Vital statistics of India. Vol. V, Reports of 1876 on armies & jails and on epidemic cholera
Year: 1876
Disease focus: Cholera
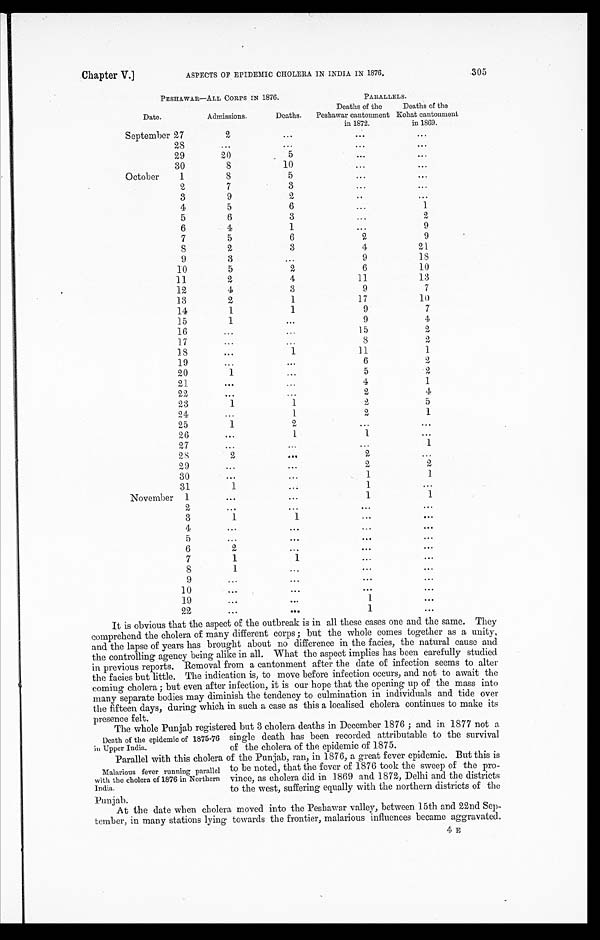
Chapter V.]
ASPECTS OF EPIDEMIC CHOLERA IN INDIA IN 1876.
305
PESHAWAR—ALL CORPS IN 1876.
PARALLELS.
Date.
Admissions.
Deaths.
Deaths of the
Peshawar cantonment
in 1872.
Deaths of the
Kohat cantonment
in 1869.
September 27
2
28
29
20
5
30
8
10
October
1
8
5
2
7
3
3
9
2
4
5
6
1
5
6
3
2
6
4
1
9
7
5
6
2
9
8
2
3
4
21
9
3
9
18
10
5
2
6
10
11
2
4
11
13
12
4
3
9
7
13
2
1
17
10
14
1
1
9
7
15
1
9
4
16
15
2
17
8
2
18
1
11
1
19
6
2
20
1
5
2
21
4
1
22
2
4
23
1
1
2
5
24
1
2
1
25
1
2
26
1
1
27
1
28
2
2
29
2
2
30
1
1
31
1
1
November 1
1
1
2
3
1
1
4
5
6
2
7
1
1
8
1
9
10
19
1
2 2
1
It is obvious that the aspect of the outbreak is in all these cases one and the same. They
comprehend the cholera of many different corps; but the whole comes together as a unity,
and the lapse of years has brought about no difference in the facies, the natural cause and
the controlling agency being alike in all. What the aspect implies has been carefully studied
in previous reports. Removal from a cantonment after the date of infection seems to alter
the facies but little. The indication is, to move before infection occurs, and not to await the
coming cholera; but even after infection, it is our hope that the opening up of the mass into
many separate bodies may diminish the tendency to culmination in individuals and tide over
the fifteen days, during which in such a case as this a localised cholera continues to make its
presence felt.
Death of the epidemic of 1875-76
in Upper India.
The whole Punjab registered but 3 cholera deaths in December 1876; and in 1877 not a
single death has been recorded attributable to the survival
of the cholera of the epidemic of 1875.
Malarious fever running parallel
with the cholera of 1876 in Northern
India.
Parallel with this cholera of the Punjab, ran, in 1876, a great fever epidemic. But this is
to be noted, that the fever of 1876 took the sweep of the pro-
vince, as cholera did in 1869 and 1872, Delhi and the districts
to the west, suffering equally with the northern districts of the
Punjab.
At the date when cholera moved into the Peshawar valley, between 15th and 22nd Sep
-tember, in many stations lying towards the frontier, malarious influences became aggravated.
4 E